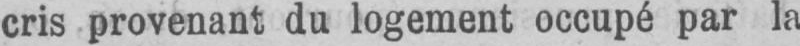
cris provenant du logement occupé par la